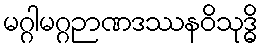
မဂ္ဂါမဂ္ဂဉာဏဒဿနဝိသုဒ္ဓိ